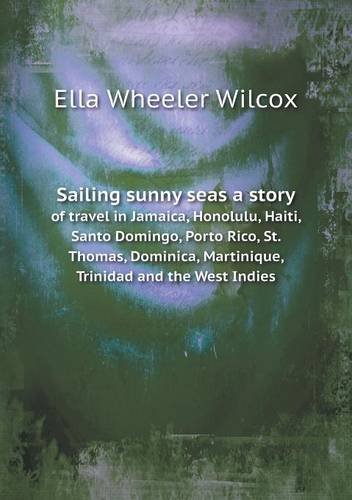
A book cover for Sailing sunny seas a story of travel in Jamaica, Honolulu, Haiti, Santo Domingo, Porto Rico, St. Thomas, Dominica, Martinique, Trinidad and the West Indies; Ella Wheeler Wilcox; Travel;